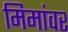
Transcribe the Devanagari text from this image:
मिमांवर